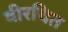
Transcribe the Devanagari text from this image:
वीरचित